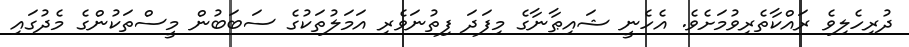
ދުރިހެލިވެ ރައްކާތެރިވުމަށެވެ. އެހެނީ ޝައިޠާނާގެ މިފަދަ ފިތުނަވެރި އަމަލުތަކުގެ ސަބަބުން މީސްތަކުންގެ މެދުގައި